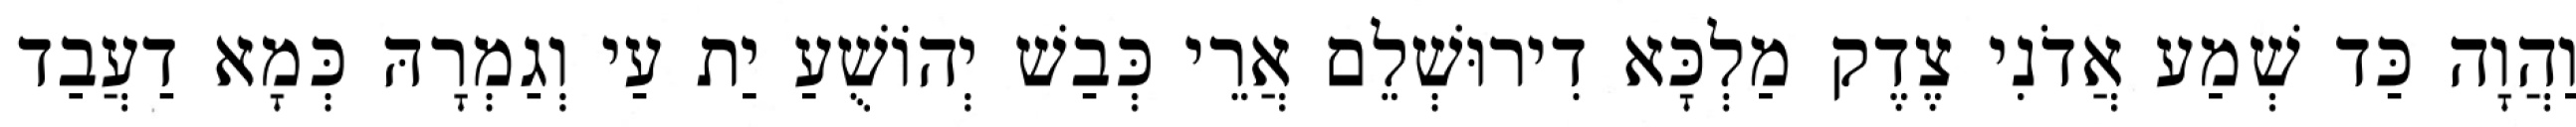
וַהֲוָה כַּד שְׁמַע אֲדֹנִי צֶדֶק מַלְכָּא דִירוּשְׁלֵם אֲרֵי כְּבַשׁ יְהוֹשֻׁעַ יַת עַי וְגַמְרָהּ כְּמָא דַעֲבַד